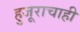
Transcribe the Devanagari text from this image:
हुजूराचाही